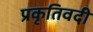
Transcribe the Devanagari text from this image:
प्रकृतिवदी